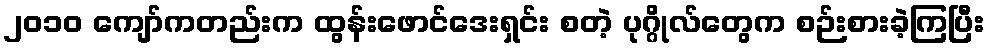
၂၀၁၀ ကျော်ကတည်းက ထွန်းဖောင်ဒေးရှင်း စတဲ့ ပုဂ္ဂိုလ်တွေက စဉ်းစားခဲ့ကြပြီး